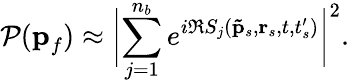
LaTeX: \mathcal{P}(\textbf{p}_{f})\approx\biggl|\displaystyle\sum_{j=1}^{n_{b}}e^{i\Re S_{j}(\mathbf{\tilde{p}}_{s},\textbf{r}_{s},t,t_{s}^{\prime})}\biggr|^{2}.